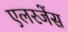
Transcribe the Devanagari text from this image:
एलरजेंस